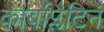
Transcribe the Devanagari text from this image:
कार्बोप्लैटिन